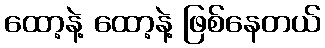
ထော့နဲ့ ထော့နဲ့ ဖြစ်နေတယ်